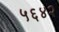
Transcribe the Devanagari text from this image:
५६४२